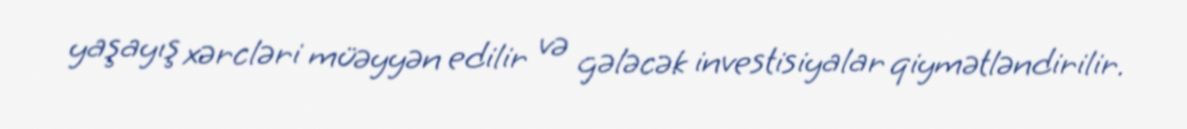
yaşayış xərcləri müəyyən edilir və gələcək investisiyalar qiymətləndirilir.